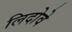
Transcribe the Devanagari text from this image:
लिदोवे